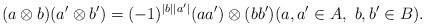
LaTeX: \begin{align*}(a\otimes b)(a' \otimes b') = (-1)^{|b| |a'|} (a a') \otimes (b b') (a,a' \in A,\ b,b' \in B).\end{align*}